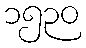
၁၅၃၀